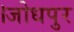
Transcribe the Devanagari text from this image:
।जोधपुर